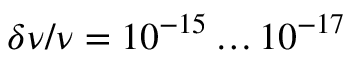
\delta \nu / \nu = 1 0 ^ { - 1 5 } \dots 1 0 ^ { - 1 7 }